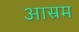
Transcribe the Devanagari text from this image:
आस्रम